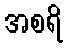
အစရိ